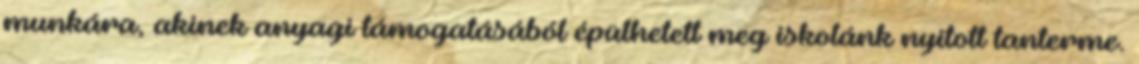
munkára, akinek anyagi támogatásából épülhetett meg iskolánk nyitott tanterme.